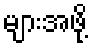
များအဖို့